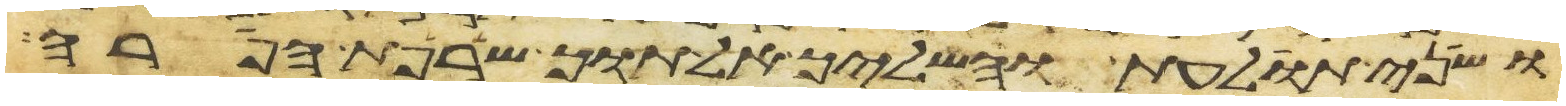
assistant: ושני תולעת והשליך אל תוך שרפת הפרה